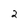
Character: 2